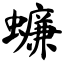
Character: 蠊